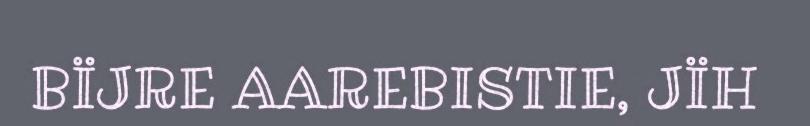
BÏJRE AAREBISTIE, JÏH